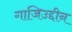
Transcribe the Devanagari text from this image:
गाजिउद्दीन